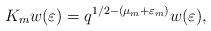
LaTeX: \begin{align*}K_mw(\varepsilon) &= q^{1/2 - (\mu_m + \varepsilon_m)}w(\varepsilon),\end{align*}